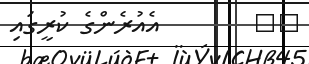
١٢        އެއުރެންގެ ކުރީގައި